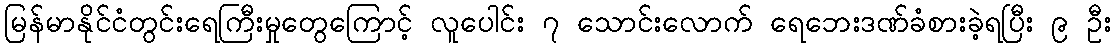
မြန်မာနိုင်ငံတွင်းရေကြီးမှုတွေကြောင့် လူပေါင်း ၇ သောင်းလောက် ရေဘေးဒဏ်ခံစားခဲ့ရပြီး ၉ ဦး